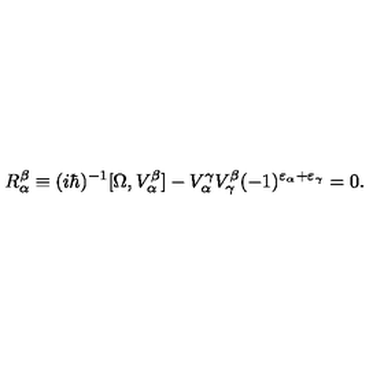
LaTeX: R _ { \alpha } ^ { \beta } \equiv ( i \hbar ) ^ { - 1 } [ \Omega , V _ { \alpha } ^ { \beta } ] - V _ { \alpha } ^ { \gamma } V _ { \gamma } ^ { \beta } ( - 1 ) ^ { \varepsilon _ { \alpha } + \varepsilon _ { \gamma } } = 0 .